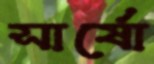
সার্ষো